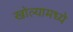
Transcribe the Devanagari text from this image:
खोल्यामध्ये